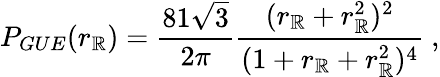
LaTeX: {P_{GUE}}(r_{\mathbb{R}})=\frac{81\sqrt{3}}{2\pi}\frac{(r_{\mathbb{R}}+r_{\mathbb{R}}^{2})^{2}}{(1+r_{\mathbb{R}}+r_{\mathbb{R}}^{2})^{4}}\ ,